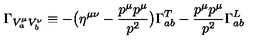
\Gamma _ { V _ { a } ^ { \mu } V _ { b } ^ { \nu } } \equiv - \bigl ( \eta ^ { \mu \nu } - { \frac { p ^ { \mu } p ^ { \mu } } { p ^ { 2 } } } \bigr ) \Gamma _ { a b } ^ { T } - { \frac { p ^ { \mu } p ^ { \mu } } { p ^ { 2 } } } \Gamma _ { a b } ^ { L }